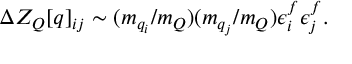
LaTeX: \Delta { \cal Z } _ { \cal Q } [ q ] _ { i j } \sim ( m _ { q _ { i } } / m _ { Q } ) ( m _ { q _ { j } } / m _ { Q } ) \epsilon _ { i } ^ { f } \epsilon _ { j } ^ { f } .